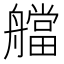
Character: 艡